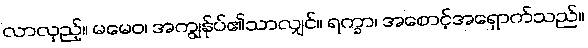
လာလှည့်။ မမေဝ၊ အကျွန်ုပ်၏သာလျှင်။ ရက္ခာ၊ အစောင့်အရှောက်သည်။